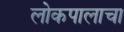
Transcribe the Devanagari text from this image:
लोकपालाचा